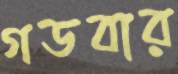
গডবার